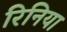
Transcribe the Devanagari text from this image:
रिनिया